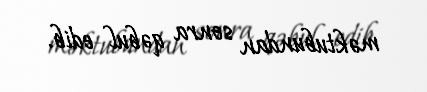
məktubundan sonra qəbul edib.